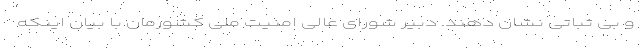
و بی ثباتی نشان دهند. دبیر شورای عالی امنیت ملی کشورمان با بیان اینکه